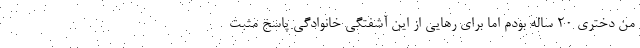
من دختری 20 ساله بودم اما برای رهایی از این آشفتگی خانوادگی پاسخ مثبت